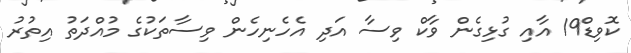
ކޮވިޑް19 އާއި ގުޅިގެން ވާކް ވިސާ އަދި އެހެނިހެން ވިސާތަކުގެ މުއްދަތު އިތުރު